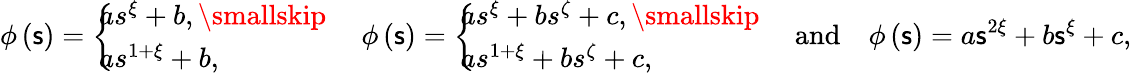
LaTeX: \phi\left(\mathsf{s}\right)=\left\{ \! \! \! \begin{array}{l}{as^{\xi}+b,\smallskip}\\ {as^{1+\xi}+b,}\end{array}\ \right.\quad\phi\left(\mathsf{s}\right)=\left\{ \! \! \! \begin{array}{l}{as^{\xi}+bs^{\zeta}+c,\smallskip}\\ {as^{1+\xi}+bs^{\zeta}+c,}\end{array}\ \right.\quad\mathrm{{and}}\quad\phi\left(\mathsf{s}\right)=a\mathsf{s}^{2\xi}+b\mathsf{s}^{\xi}+c,